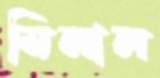
মিলাল